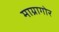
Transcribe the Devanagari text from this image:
माग्रागोर